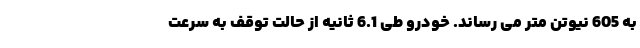
به 605 نیوتن متر می رساند. خودرو طی 6.1 ثانیه از حالت توقف به سرعت